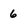
Character: 6